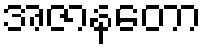
အဇာနတော